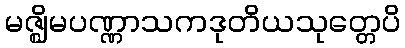
မဇ္ဈိမပဏ္ဏာသကဒုတိယသုတ္တေပိ